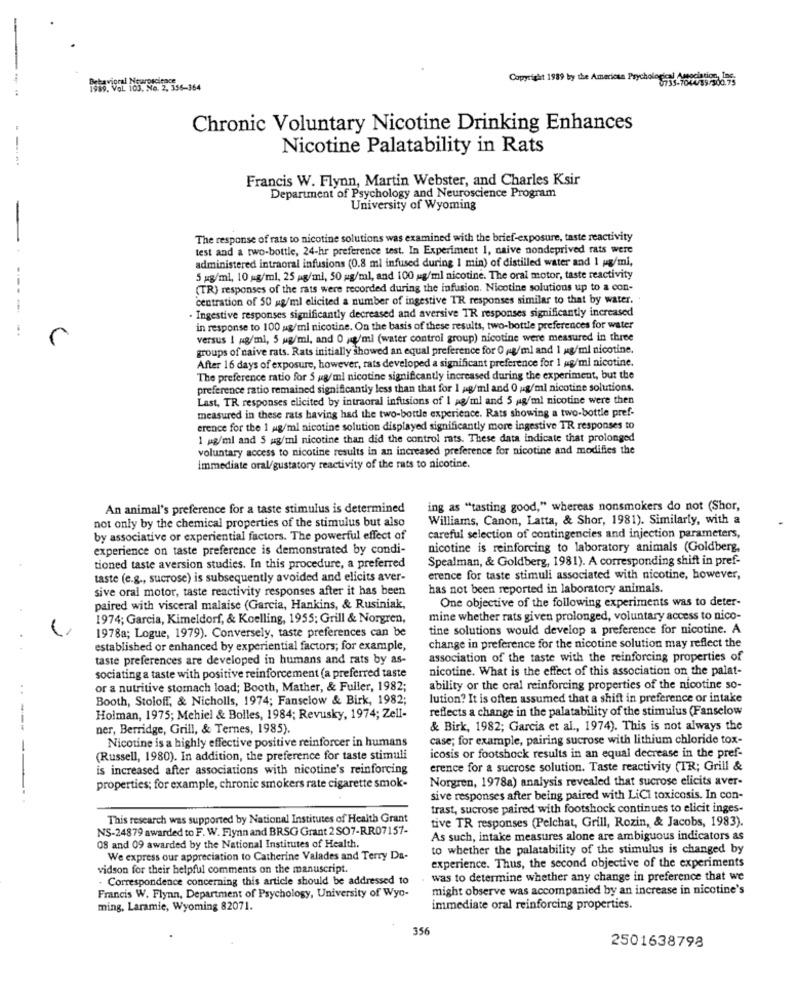
-
Behavioral Neuroscience
Copyright 1989 by the American Psychology 2003
1989. VOL 103. No. 2, 356-364
Chronic Voluntary Nicotine Drinking Enhances
--
Nicotine Palatability in Rats
Francis W. Flynn, Martin Webster, and Charles Ksir
Department of Psychology and Neuroscience Program
University of Wyoming
The response of rats to nicotine solutions was examined with the brief-exposure, taste reactivity
test and a two-bottle, 24-hr preference test. In Experiment 1, naive nondeprived rats were
administered intraoral infusions (0.8 mi infused during 1 min) of distilled water and 1 pg/ml,
5 mg/ml, 10 g/ml, 25 mg/ml, 50 mg/ml, and 100 ug/ml nicotine. The oral motor, taste reactivity
(TR) responses of the rats were recorded during the infusion. Nicotine solutions up to a con-
centration of 50 mg/ml elicited a number of ingestive TR responses similar to that by water.
. Ingestive responses significantly decreased and aversive TR responses significantly increased
in response to 100 g/ml nicotine. On the basis of these results, two-bottle preferences for water
r
versus ! ng/ml, 5 mg/ml, and 0 ;/ml (water control group) nicotine were measured in three
groups of naive rats. Rats initially showed an equal preference for 0 ,4g/ml and 1 g/ml nicotine.
After 16 days of exposure, however, rats developed a significant preference for 1 ug/ml nicotine.
The preference ratio for 5 mg/ml nicotine significantly increased during the experiment, but the
preference ratio remained significantly less than that for 1 pg/ml and 0 ug/ml nicotine solutions.
Last, TR responses elicited by intraoral infusions of 1 pg/ml and 5 ,4g/ml nicotine were then
measured in these rats having had the two-bottle experience. Rats showing a two-bottle pref-
erence for the 1 mg/ml nicotine solution displayed significantly more ingestive TR responses to
1 pg/ml and 5 mg/ml nicotine than did the control rats. These data indicate that prolonged
voluntary access to nicotine results in an increased preference for nicotine and modifies the
immediate oral/gustatory reactivity of the rats to nicotine.
An animal's preference for a taste stimulus is determined
ing as "tasting good," whereas nonsmokers do not (Shor,
not only by the chemical properties of the stimulus but also
Williams, Canon, Latta, & Shor, 1981). Similarly, with a
by associative or experiential factors. The powerful effect of
careful selection of contingencies and injection parameters,
experience on taste preference is demonstrated by condi-
nicotine is reinforcing to laboratory animals (Goldberg,
Spealman, & Goldberg, 1981). A corresponding shift in pref-
tioned taste aversion studies. In this procedure, a preferred
taste (e.g ., sucrose) is subsequently avoided and elicits aver-
erence for taste stimuli associated with nicotine, however,
sive oral motor, taste reactivity responses after it has been
has not been reported in laboratory animals.
One objective of the following experiments was to deter-
paired with visceral malaise (Garcia, Hankins, & Rusiniak,
1974; Garcia, Kimeldorf, & Koelling, 1955; Grill & Norgren,
mine whether rats given prolonged, voluntary access to nico-
tine solutions would develop a preference for nicotine. A
1978a; Logue, 1979). Conversely, taste preferences can be
established or enhanced by experiential factors; for example,
change in preference for the nicotine solution may reflect the
taste preferences are developed in humans and rats by as-
association of the taste with the reinforcing properties of
nicotine. What is the effect of this association on the palat-
sociating a taste with positive reinforcement (a preferred taste
or a nutritive stomach load; Booth, Mather, & Fuller, 1982;
ability or the oral reinforcing properties of the nicotine so-
Booth, Stoloff, & Nicholls, 1974; Fansclow & Birk, 1982;
lution? It is often assumed that a shift in preference or intake
reflects a change in the palatability of the stimulus (Fanselow
Holman, 1975; Mehiel & Bolles, 1984; Revusky, 1974; Zell-
ner, Berridge, Grill, & Ternes, 1985).
& Birk, 1982; Garcia et al ., 1974). This is not always the
Nicotine is a highly effective positive reinforcer in humans
case; for example, pairing sucrose with lithium chloride tox-
(Russell, 1980). In addition, the preference for taste stimuli
icosis or footshock results in an equal decrease in the pref-
is increased after associations with nicotine's reinforcing
erence for a sucrose solution. Taste reactivity (TR; Grill &
Norgren, 1978a) analysis revealed that sucrose elicits aver-
properties; for example, chronic smokers rate cigarette smok-
sive responses after being paired with LiCl toxicosis. In con-
trast, sucrose paired with footshock continues to elicit inges-
This research was supported by National Institutes of Health Grant
tive TR responses (Pelchat, Grill, Rozin, & Jacobs, 1983).
NS-24879 awarded to F. W. Flynn and BRSG Grant 2 SO7-RR07157-
As such, intake measures alone are ambiguous indicators as
08 and 09 awarded by the National Institutes of Health.
to whether the palatability of the stimulus is changed by
We express our appreciation to Catherine Valades and Terry Da-
vidson for their helpful comments on the manuscript.
experience. Thus, the second objective of the experiments
- Correspondence concerning this article should be addressed to
was to determine whether any change in preference that we
might observe was accompanied by an increase in nicotine's
Francis W. Flynn, Department of Psychology, University of Wyo-
ming, Laramie, Wyoming 82071.
immediate oral reinforcing properties.
356
2501638798